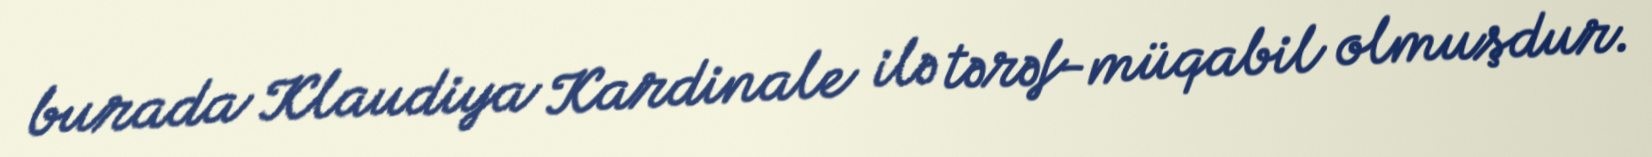
burada Klaudiya Kardinale ilə tərəf-müqabil olmuşdur.